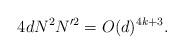
LaTeX: \begin{align*}4dN^2 N'^2=O(d)^{4k+3}.\end{align*}